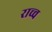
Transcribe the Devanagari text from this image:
राच्च